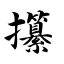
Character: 攥